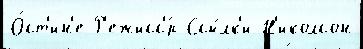
О́ст'ин'е Р'ежисс'́р Ссы́лк'и Н'иколсон